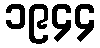
၁၉၄၄